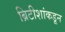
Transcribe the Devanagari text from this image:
ब्रिटीशांकडून